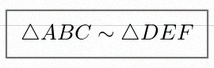
\triangle ABC\sim\triangle DEF